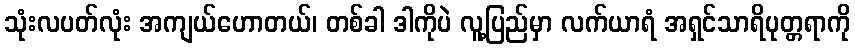
သုံးလပတ်လုံး အကျယ်ဟောတယ်၊ တစ်ခါ ဒါကိုပဲ လူ့ပြည်မှာ လက်ယာရံ အရှင်သာရိပုတ္တရာကို